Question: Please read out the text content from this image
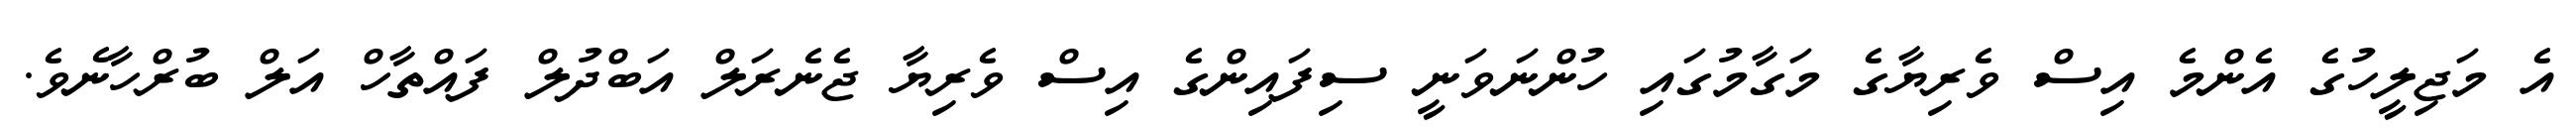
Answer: އެ މަޖިލީހުގެ އެންމެ އިސް ވެރިޔާގެ މަގާމުގައި ހުންނަވަނީ ސިފައިންގެ އިސް ވެރިޔާ ޖެނެރަލް އަބްދުލް ފައްތާހް އަލް ބުރްހާނެވެ.